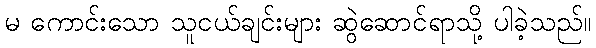
မ ကောင်းသော သူငယ်ချင်းများ ဆွဲဆောင်ရာသို့ ပါခဲ့သည်။